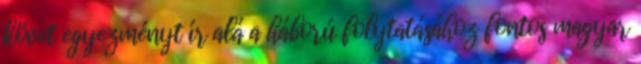
követ egyezményt ír alá a háború folytatásához fontos magyar